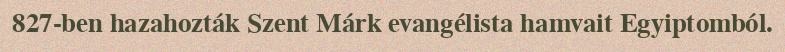
827-ben hazahozták Szent Márk evangélista hamvait Egyiptomból.